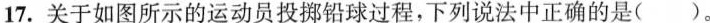
17.关于如图所示的运动员投掷铅球过程，下列说法中正确的是( )。